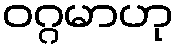
ဝဂ္ဂမာဟု